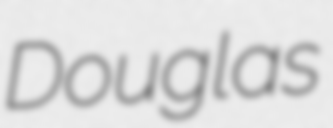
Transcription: Douglas